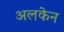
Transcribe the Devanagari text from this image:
अलकेन